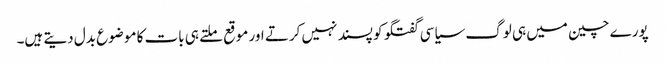
پورے چین میں ہی لوگ سیاسی گفتگو کو پسند نہیں کرتے اور موقع ملتے ہی بات کا موضوع بدل دیتے ہیں۔